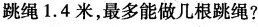
跳绳1.4米，最多能做几根跳绳?